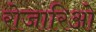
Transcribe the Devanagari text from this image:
रोजारिओ